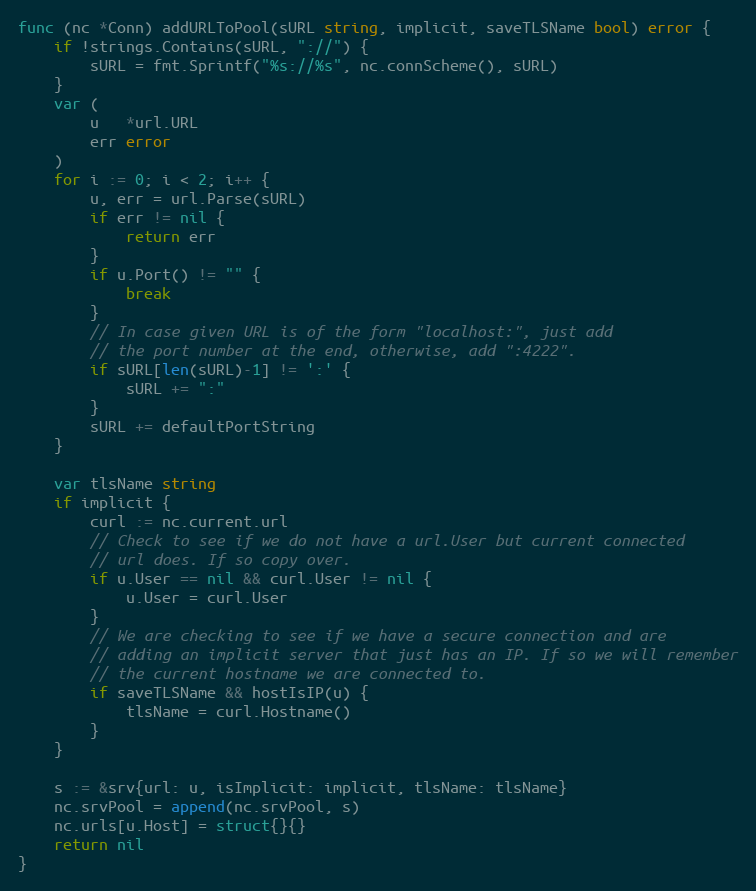
Language: Go
func (nc *Conn) addURLToPool(sURL string, implicit, saveTLSName bool) error {
	if !strings.Contains(sURL, "://") {
		sURL = fmt.Sprintf("%s://%s", nc.connScheme(), sURL)
	}
	var (
		u   *url.URL
		err error
	)
	for i := 0; i < 2; i++ {
		u, err = url.Parse(sURL)
		if err != nil {
			return err
		}
		if u.Port() != "" {
			break
		}
		// In case given URL is of the form "localhost:", just add
		// the port number at the end, otherwise, add ":4222".
		if sURL[len(sURL)-1] != ':' {
			sURL += ":"
		}
		sURL += defaultPortString
	}

	var tlsName string
	if implicit {
		curl := nc.current.url
		// Check to see if we do not have a url.User but current connected
		// url does. If so copy over.
		if u.User == nil && curl.User != nil {
			u.User = curl.User
		}
		// We are checking to see if we have a secure connection and are
		// adding an implicit server that just has an IP. If so we will remember
		// the current hostname we are connected to.
		if saveTLSName && hostIsIP(u) {
			tlsName = curl.Hostname()
		}
	}

	s := &srv{url: u, isImplicit: implicit, tlsName: tlsName}
	nc.srvPool = append(nc.srvPool, s)
	nc.urls[u.Host] = struct{}{}
	return nil
}